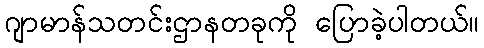
ဂျာမာန်သတင်းဌာနတခုကို ပြောခဲ့ပါတယ်။